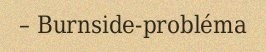
– Burnside-probléma